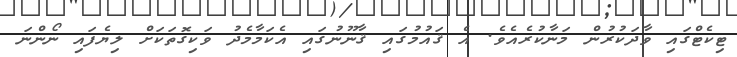
ޓިކެޓްގައި ވާދަކުރުން މަނާކުރެއެވެ. އެ ޤައުމުގައި ޤާނޫނުގައި އެކަމާމެދު ވަކިގޮތަކަށް ލިޔެފައި ނޯންނަ